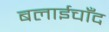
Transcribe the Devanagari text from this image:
बलाईचाँद